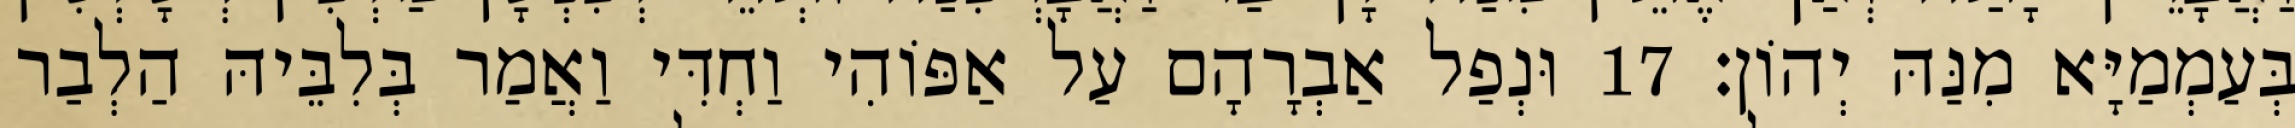
בְּעַמְמַיָּא מִנַּהּ יְהוֹן׃ 17 וּנְפַל אַבְרָהָם עַל אַפּוֹהִי וַחְדִּי וַאֲמַר בְּלִבֵּיהּ הַלְבַר